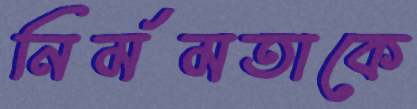
নির্মমতাকে